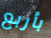
بأربع